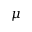
\mu